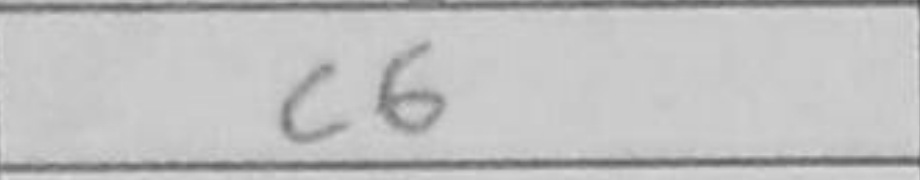
Transcription: c6